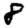
Digit: 8